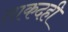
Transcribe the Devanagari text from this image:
ताकदही